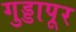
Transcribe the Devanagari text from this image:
गुड्डापूर